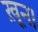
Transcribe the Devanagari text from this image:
ख़ून।